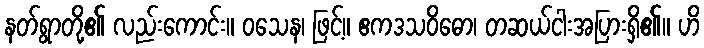
နတ်ရွာတို့၏ လည်းကောင်း။ ဝသေန၊ ဖြင့်။ ဧကဒသဝိဓော၊ တဆယ်ငါးအပြားရှိ၏။ ဟိ